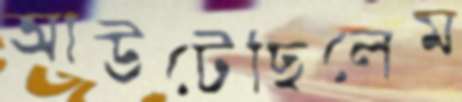
আউটেছিলেম